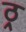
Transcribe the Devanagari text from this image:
ठ्र्